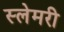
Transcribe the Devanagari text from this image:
स्लेमरी